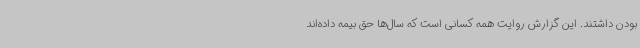
بودن داشتند. این گزارش روایت همه کسانی است که سال‌ها حق بیمه داده‌اند